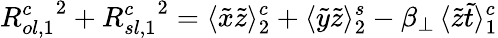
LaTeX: {R_{ol,1}^{c}}^{2}+{R_{sl,1}^{c}}^{2}=\langle\tilde{x}\tilde{z}\rangle_{2}^{c}+\langle\tilde{y}\tilde{z}\rangle_{2}^{s}-\beta_{\perp}\, \langle\tilde{z}\tilde{t}\rangle_{1}^{c}